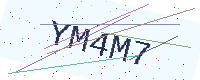
Text: YM4M7